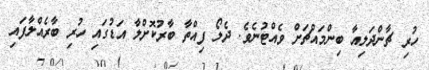
ހުރި ޗާންދަލިއާ ބިންމައްޗަށް ވެއްޓުނެވެ. ދެލޯ ފިއްތާ ބާރުކޮށްލާ އަޑުގައި ހުރި ބާރެއްލާފައި